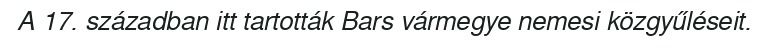
A 17. században itt tartották Bars vármegye nemesi közgyűléseit.